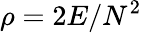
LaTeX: \rho=2E/N^{2}